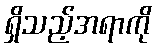
ရှိသည့်အရာကို